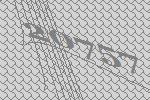
20757